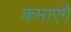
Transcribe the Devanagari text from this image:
कमाएंगे